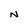
Character: N